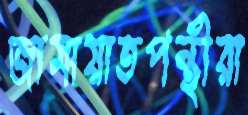
জামায়াতপন্থীরা